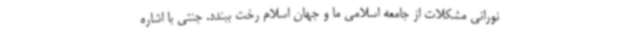
نورانی مشکلات از جامعه اسلامی ما و جهان اسلام رخت ببندد. جنتی با اشاره